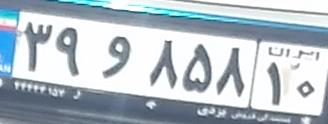
۳۹و۸۵۸۱۰